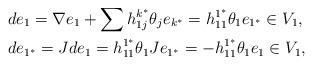
LaTeX: \begin{align*}&de_{1}=\nabla e_{1}+\sum h_{1j}^{k^{*}}\theta_{j}e_{k^{*}}=h_{11}^{1^{*}}\theta_{1}e_{1^{*}}\in V_{1},\\&de_{1^{*}}=Jde_{1}=h_{11}^{1^{*}}\theta_{1}Je_{1^{*}}=-h_{11}^{1^{*}}\theta_{1}e_{1}\in V_{1},\end{align*}